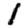
Digit: 1